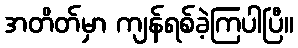
အတိတ်မှာ ကျန်ရစ်ခဲ့ကြပါပြီ။